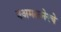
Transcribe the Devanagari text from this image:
वअमळनेरचे